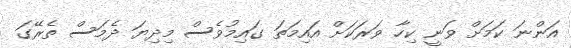
އަންނަ ކަމަށް ވަނީ ކިހާ ވަރަކަށް އައިމަތަ ގައިމުވެސް މިދިޔަ ދެމަސް ތެރޭގަ